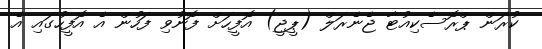
ކުރަން ޕްރޮސެކިއުޓާ ޖެނެރަލް (ޕީޖީ) އޮފީހަށް ފޮނުވި ފަހުން އެ އޮފީހުގައި އެ